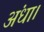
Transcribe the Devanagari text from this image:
अंधा।